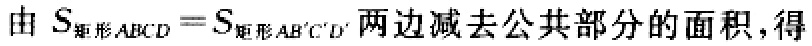
由 \(S_{矩形ABCD}=S_{矩形AB'C'D'}\)两边减去公共部分的面积，得